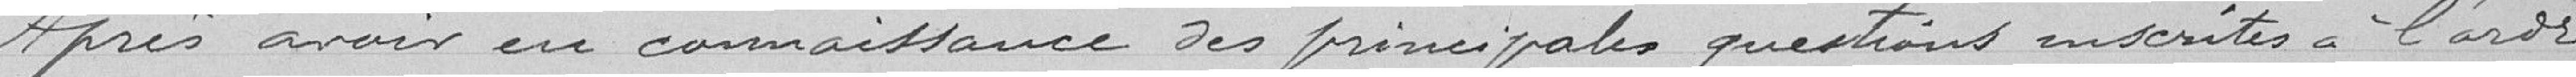
Après avoir eu connaissance des principales questions inscrites à l'ordre